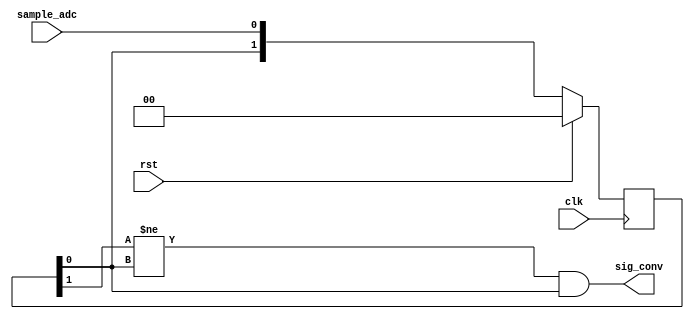
module sample(
	input clk,
	input rst,
	input sample_adc,
	output wire  sig_conv
	);
  
  reg [1:0] sample_adc_r;
  
  assign sig_conv=(sample_adc_r[1]!=sample_adc_r[0])&sample_adc_r[0];
  
  always @(posedge clk)
    begin
      if(rst)
        begin
          sample_adc_r<=2'b00;
        end
      else
        begin
          sample_adc_r<={sample_adc_r[0],sample_adc};
        end
    end
  
  /* always @(posedge clk)
    begin
      
    end*/
  
endmodule   

module sample_tb(

	);
  reg clk;
  reg rst;
  reg sample_adc;
  wire sig_conv;
  
  sample sample1(.clk(clk),.rst(rst),.sample_adc(sample_adc),.sig_conv(sig_conv));
  
  initial
    begin
      $dumpfile("dump.vcd");
      $dumpvars;
      clk=0;
      rst=0;
      #100
      rst=1;
      #100
      rst=0;
      sample_adc=0;
    end
  	
  always 
		#50  clk =  ! clk;  
		
  always 
		#500  sample_adc =  ! sample_adc;  
  
endmodule